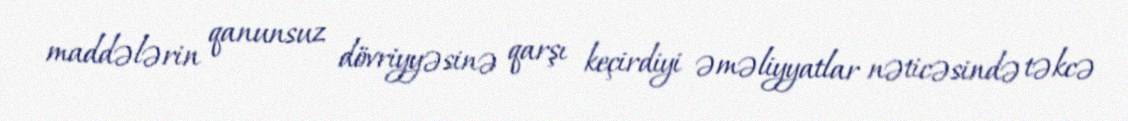
maddələrin qanunsuz dövriyyəsinə qarşı keçirdiyi əməliyyatlar nəticəsində təkcə